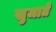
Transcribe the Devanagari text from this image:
खुजाते